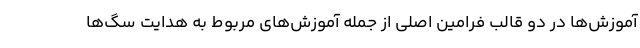
آموزش‌ها در دو قالب فرامین اصلی از جمله آموزش‌های مربوط به هدایت سگ‌ها